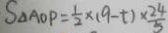
S _ { \Delta A O P } = \frac { 1 } { 2 } \times ( 9 - t ) \times \frac { 2 4 } { 5 }